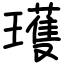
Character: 瓁